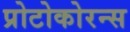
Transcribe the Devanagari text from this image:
प्रोटोकोरन्स